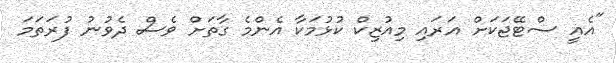
"އެއީ ސްޓޭޖަކަށް އަރައި މިއުޒިކް ކުޅުމަކާ އެންމެ ގާތަށް ވެސް ދެވުނު ފުރަތަމަ